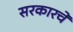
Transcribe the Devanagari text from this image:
सरकारचें